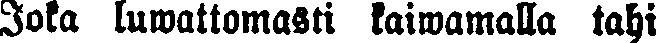
Joka luwattomasti kaiwamalla tahi